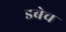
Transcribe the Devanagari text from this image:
डबेच